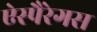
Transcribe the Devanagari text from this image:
ऐस्पैरेगस